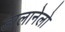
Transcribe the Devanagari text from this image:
डालानेलो